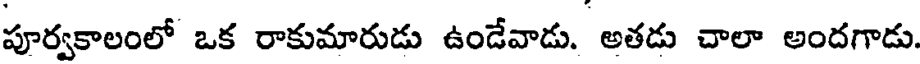
పూర్వకాలంలో ఒక రాకుమారుడు ఉండేవాడు. అతడు చాలా అందగాడు